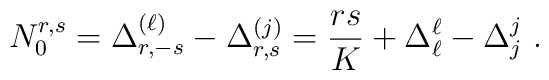
N^{r,s}_0=\Delta^{(\ell)}_{r,-s}-\Delta^{(j)}_{r,s}={rs\over K}+\Delta^\ell_\ell-\Delta^j_j{}~.